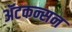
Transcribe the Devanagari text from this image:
ॲटकन्सन